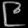
Digit: ၉